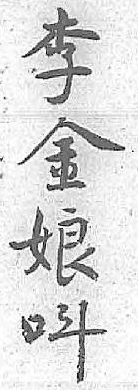
李呌金 娘